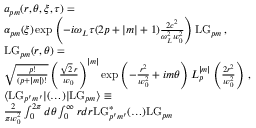
\begin{array} { r l } & { a _ { p m } ( r , \theta , \xi , \tau ) = } \\ & { \alpha _ { p m } ( \xi ) \exp \left( - i \omega _ { L } \tau ( 2 p + | m | + 1 ) \frac { 2 c ^ { 2 } } { \omega _ { L } ^ { 2 } w _ { 0 } ^ { 2 } } \right) \mathrm { L G } _ { p m } \, , } \\ & { \mathrm { L G } _ { p m } ( r , \theta ) = } \\ & { \sqrt { \frac { p ! } { ( p + | m | ) ! } } \left( \frac { \sqrt { 2 } \, r } { w _ { 0 } } \right) ^ { | m | } \exp \left( - \frac { r ^ { 2 } } { w _ { 0 } ^ { 2 } } + i m \theta \right) L _ { p } ^ { | m | } \left( \frac { 2 r ^ { 2 } } { w _ { 0 } ^ { 2 } } \right) \, , } \\ & { \langle \mathrm { L G } _ { p ^ { \prime } m ^ { \prime } } | ( \ldots ) | \mathrm { L G } _ { p m } \rangle \equiv } \\ & { \frac { 2 } { \pi w _ { 0 } ^ { 2 } } \int _ { 0 } ^ { 2 \pi } d \theta \int _ { 0 } ^ { \infty } r d r \mathrm { L G } _ { p ^ { \prime } m ^ { \prime } } ^ { * } ( \ldots ) \mathrm { L G } _ { p m } } \end{array}